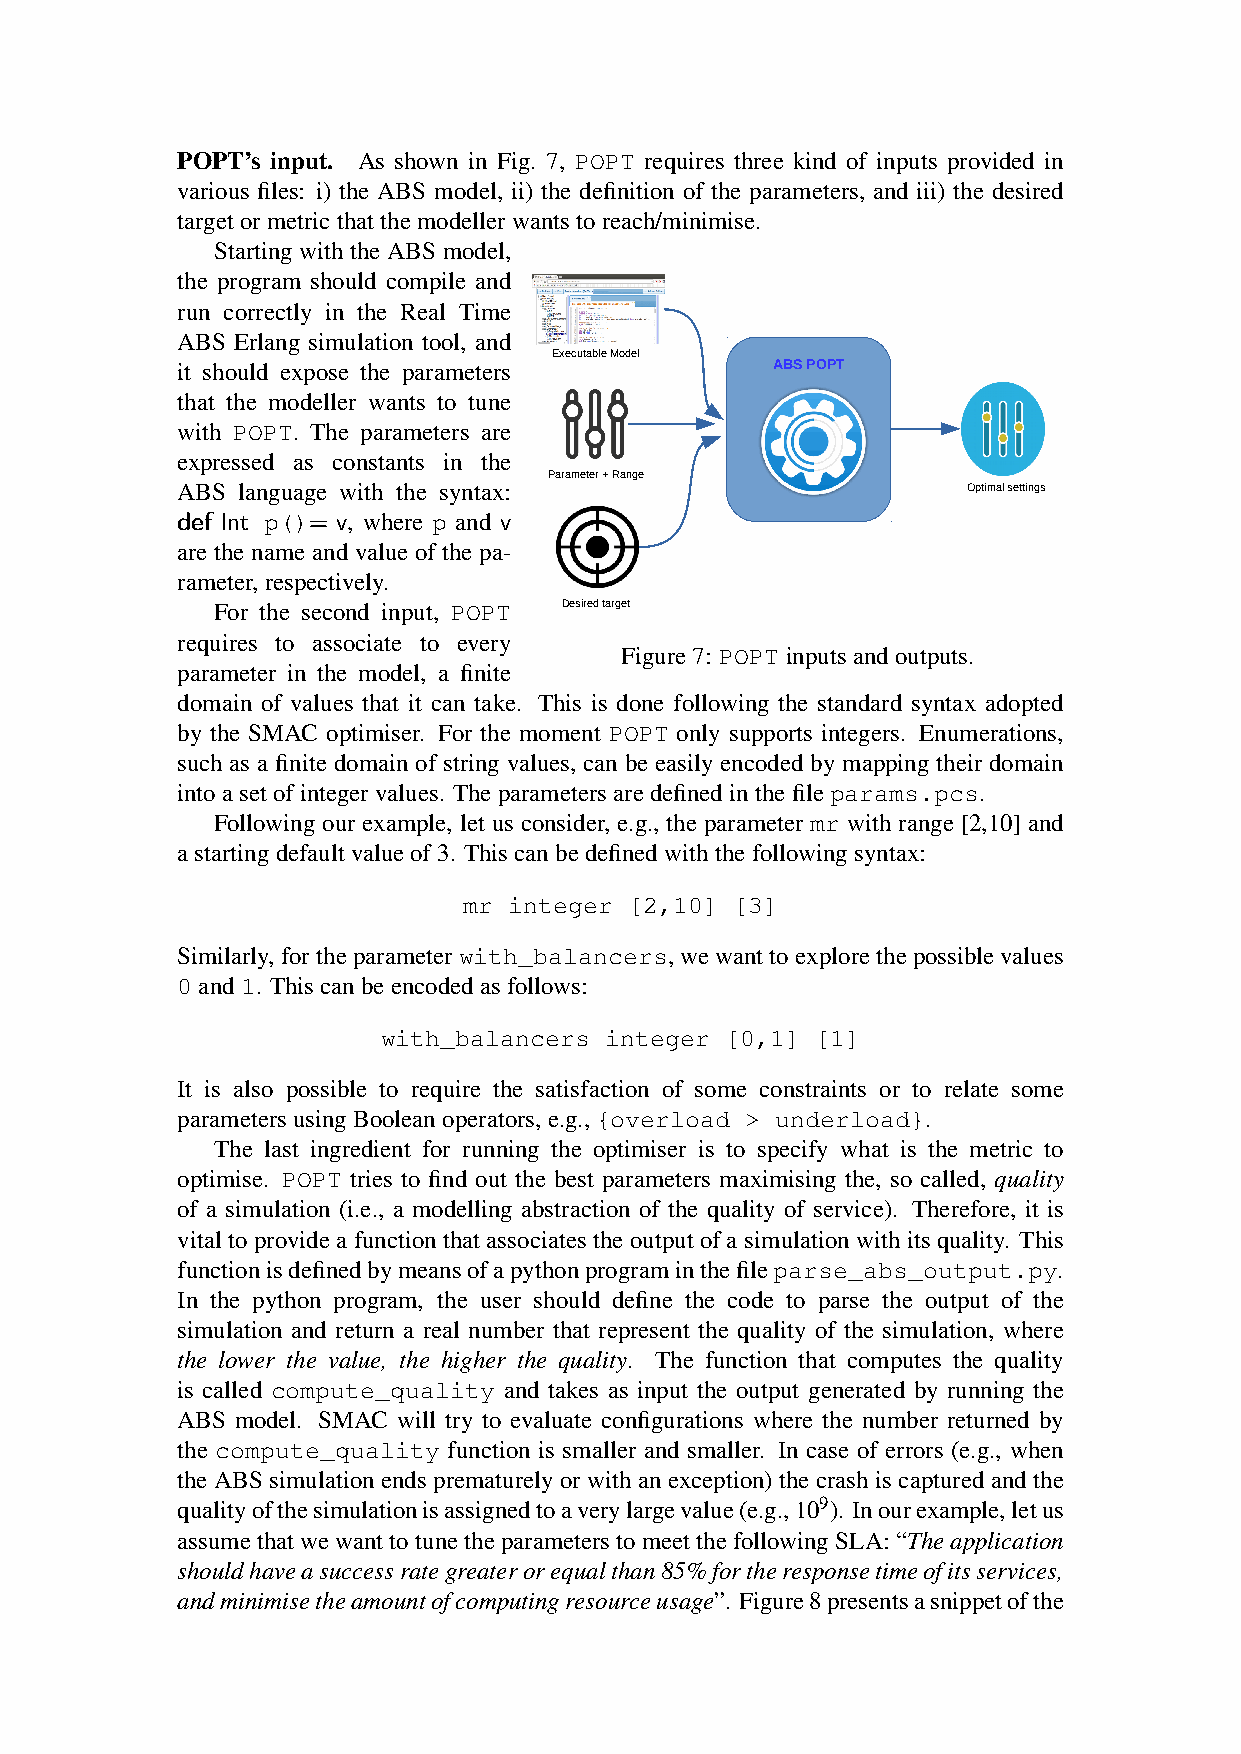
POPT’s input. As shown in Fig. 7, POPT requires three kind of inputs provided in
 various files: i) the ABS model, ii) the definition of the parameters, and iii) the desired
 targetormetricthatthemodellerwantstoreach/minimise.
 Starting with the ABS model,
 the program should compile and
 run correctly in the Real Time
 ABS Erlang simulation tool, and
 Executable Model
 it should expose the parameters        ABS POPT
 that the modeller wants to tune
 with POPT. The parameters are
 expressed as constants in the
 Parameter + Range
 ABS language with the syntax:                       Optimal settings
 def Int p()= v, where p and v
 are the name and value of the pa-
 rameter,respectively.
 For the second input, POPT Desired target
 requires to associate to every
 Figure7: POPTinputsandoutputs.
 parameter in the model, a finite
 domain of values that it can take. This is done following the standard syntax adopted
 by the SMAC optimiser. For the moment POPT only supports integers. Enumerations,
 such as a finite domain of string values, can be easily encoded by mapping their domain
 intoasetofintegervalues. Theparametersaredefinedinthefileparams.pcs.
 Following our example, let us consider, e.g., the parameter mr with range [2,10] and
 astartingdefaultvalueof3. Thiscanbedefinedwiththefollowingsyntax:
 mr integer [2,10] [3]
 Similarly,fortheparameterwith_balancers,wewanttoexplorethepossiblevalues
 0and1. Thiscanbeencodedasfollows:
 with_balancers integer [0,1] [1]
 It is also possible to require the satisfaction of some constraints or to relate some
 parametersusingBooleanoperators,e.g.,{overload > underload}.
 The last ingredient for running the optimiser is to specify what is the metric to
 optimise. POPT tries to find out the best parameters maximising the, so called, quality
 of a simulation (i.e., a modelling abstraction of the quality of service). Therefore, it is
 vital to provide a function that associates the output of a simulation with its quality. This
 functionisdefinedbymeansofapythonprograminthefileparse_abs_output.py.
 In the python program, the user should define the code to parse the output of the
 simulation and return a real number that represent the quality of the simulation, where
 the lower the value, the higher the quality. The function that computes the quality
 is called compute_quality and takes as input the output generated by running the
 ABS model. SMAC will try to evaluate configurations where the number returned by
 the compute_quality function is smaller and smaller. In case of errors (e.g., when
 the ABS simulation ends prematurely or with an exception) the crash is captured and the
 qualityofthesimulationisassignedtoaverylargevalue(e.g.,109). Inourexample,letus
 assumethatwewanttotunetheparameterstomeetthefollowingSLA:“Theapplication
 shouldhaveasuccessrategreaterorequalthan85%fortheresponsetimeofitsservices,
 andminimisetheamountofcomputingresourceusage”. Figure8presentsasnippetofthe